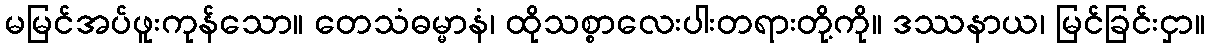
မမြင်အပ်ဖူးကုန်သော။ တေသံဓမ္မာနံ၊ ထိုသစ္စာလေးပါးတရားတို့ကို။ ဒဿနာယ၊ မြင်ခြင်းငှာ။